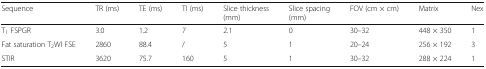
<table><thead><tr><td><b>Sequence</b></td><td><b>TR (ms)</b></td><td><b>TE (ms)</b></td><td><b>TI (ms)</b></td><td><b>Slice thickness (mm)</b></td><td><b>Slice spacing (mm)</b></td><td><b>FOV (cm × cm)</b></td><td><b>Matrix</b></td><td><b>Nex</b></td></tr></thead><tbody><tr><td>T<sub>1</sub> FSPGR</td><td>3.0</td><td>1.2</td><td>7</td><td>2.1</td><td>0</td><td>30–32</td><td>448 × 350</td><td>1</td></tr><tr><td>Fat saturation T<sub>2</sub>WI FSE</td><td>2860</td><td>88.4</td><td>/</td><td>5</td><td>1</td><td>20–24</td><td>256 × 192</td><td>3</td></tr><tr><td>STIR</td><td>3620</td><td>75.7</td><td>160</td><td>5</td><td>1</td><td>30–32</td><td>288 × 224</td><td>1</td></tr></tbody></table>